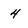
Character: 4